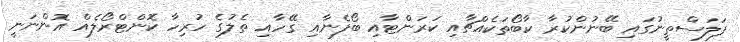
ފަލަސްތީނުގައި ބޭނުންކުރާ ކާބޯތަކެއްޗާއި ކަރަންޓާއި ބޯފެނާއި ގޭހާއި ތެލުގެ ހުރިހާ ކޮންޓްރޯލެއް އޮންނަނީ